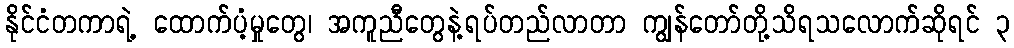
နိုင်ငံတကာရဲ့ ထောက်ပံ့မှုတွေ၊ အကူညီတွေနဲ့ရပ်တည်လာတာ ကျွန်တော်တို့သိရသလောက်ဆိုရင် ၃